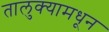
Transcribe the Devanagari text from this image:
तालुक्‍यामधून